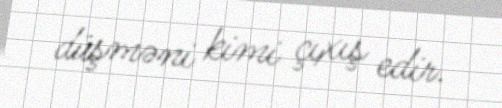
düşməni kimi çıxış edir.